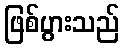
ဖြစ်ပွားသည်